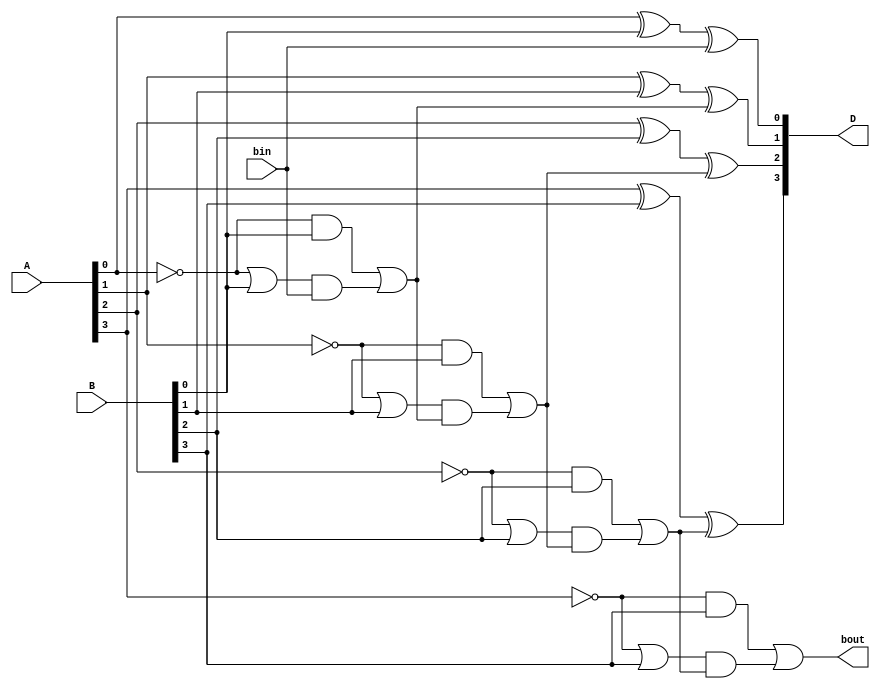
module Lab2_4_bit_BLS_behavioral (input [3:0] A, B, input bin, output reg [3:0] D, output reg bout);
    reg [0:3] p, g;
    reg b0, b1, b2;
    always @(*) 
        begin
            g[0] = !A[0] && B[0];
            g[1] = !A[1] && B[1];
            g[2] = !A[2] && B[2];
            g[3] = !A[3] && B[3];
            p[0] = !A[0] || B[0];
            p[1] = !A[1] || B[1];
            p[2] = !A[2] || B[2];
            p[3] = !A[3] || B[3];
            b0 = g[0] || (p[0] && bin);
            b1 = g[1] || (p[1] && b0);
            b2 = g[2] || (p[2] && b1);
            bout = g[3] || (p[3] && b2);
            D[0] = A[0] ^ B[0] ^ bin;
            D[1] = A[1] ^ B[1] ^ b0;
            D[2] = A[2] ^ B[2] ^ b1;
            D[3] = A[3] ^ B[3] ^ b2;
        end
endmodule